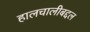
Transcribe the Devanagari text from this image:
हालचालीबद्दल